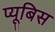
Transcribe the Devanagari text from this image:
प्यूबिस